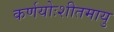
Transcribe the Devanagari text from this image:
कर्णयोःशीतमायु